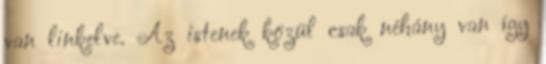
van linkelve. Az istenek közül csak néhány van így